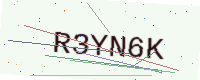
Text: R3YN6K